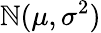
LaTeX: \mathbb{N}(\mu,\sigma^{2})